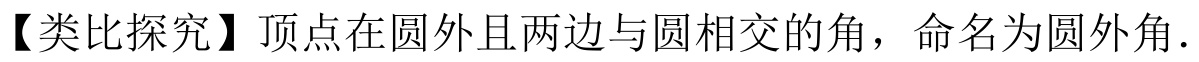
【类比探究】顶点在圆外且两边与圆相交的角，命名为圆外角．